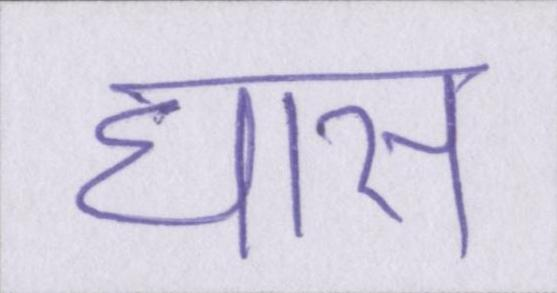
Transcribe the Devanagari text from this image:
घास